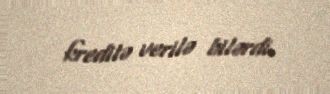
kreditə verilə bilərdi.